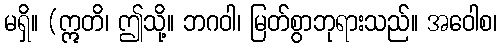
မရှိ။ (ဣတိ၊ ဤသို့။ ဘဂဝါ၊ မြတ်စွာဘုရားသည်။ အဝေါစ၊